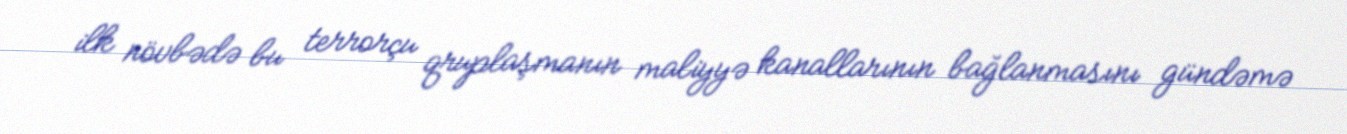
ilk növbədə bu terrorçu qruplaşmanın maliyyə kanallarının bağlanmasını gündəmə